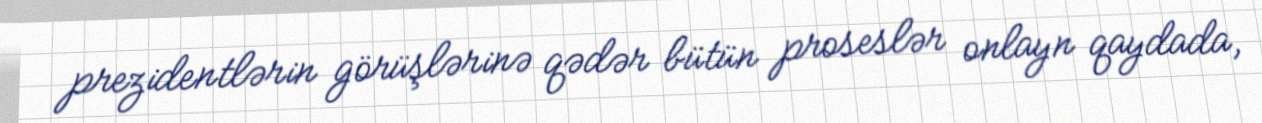
prezidentlərin görüşlərinə qədər bütün proseslər onlayn qaydada,